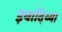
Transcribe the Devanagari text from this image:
इबादिय्या